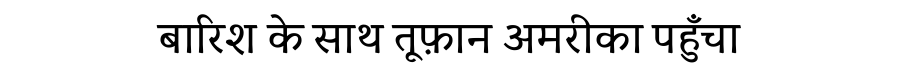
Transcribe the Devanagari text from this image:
बारिश के साथ तूफ़ान अमरीका पहुँचा